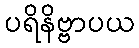
ပရိနိဗ္ဗာပယ